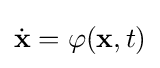
{\dot {\mathbf {x} }}=\varphi (\mathbf {x} ,t)